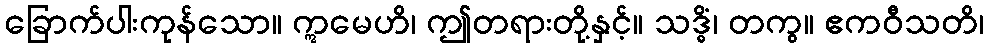
ခြောက်ပါးကုန်သော။ ဣမေဟိ၊ ဤတရားတို့နှင့်။ သဒ္ဓိံ၊ တကွ။ ဧကဝီသတိ၊